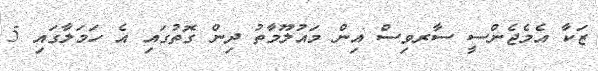
ޒަކާ އެމެޖެންސީ ސާރވިސް އިން މައުލޫމާތު ދިން ގޮތުގައި އެ ހަމަލާގައި 5